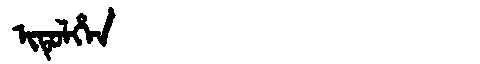
Manchu: ᡳᡨᡠᠯᡥᡝᠨ
Romanization: ITULHEN